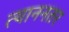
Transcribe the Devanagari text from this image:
त्याननतर